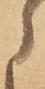
に